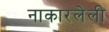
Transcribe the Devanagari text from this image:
नाकारलेली